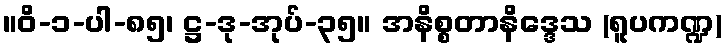
။ဝိ-၁-ပါ-၈၅၊ ဋ္ဌ-ဒု-အုပ်-၃၅။ အနိစ္စတာနိဒ္ဒေသ (ရူပကဏ္ဍ)